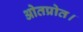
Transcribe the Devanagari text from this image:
ओतप्रोत।